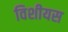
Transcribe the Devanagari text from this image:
विशीयस